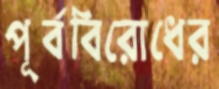
পূর্ববিরোধের